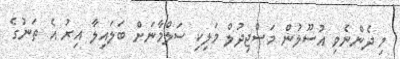
މި ދެންނެވި އުސޫލުން މަސްޖިދުލް މަލިކި ސަލްމާނަށް ބަލައިލާ އިރު އެ ތަނުގެ